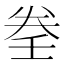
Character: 𡔨